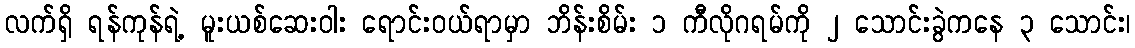
လက်ရှိ ရန်ကုန်ရဲ့ မူးယစ်ဆေးဝါး ရောင်းဝယ်ရာမှာ ဘိန်းစိမ်း ၁ ကီလိုဂရမ်ကို ၂ သောင်းခွဲကနေ ၃ သောင်း၊